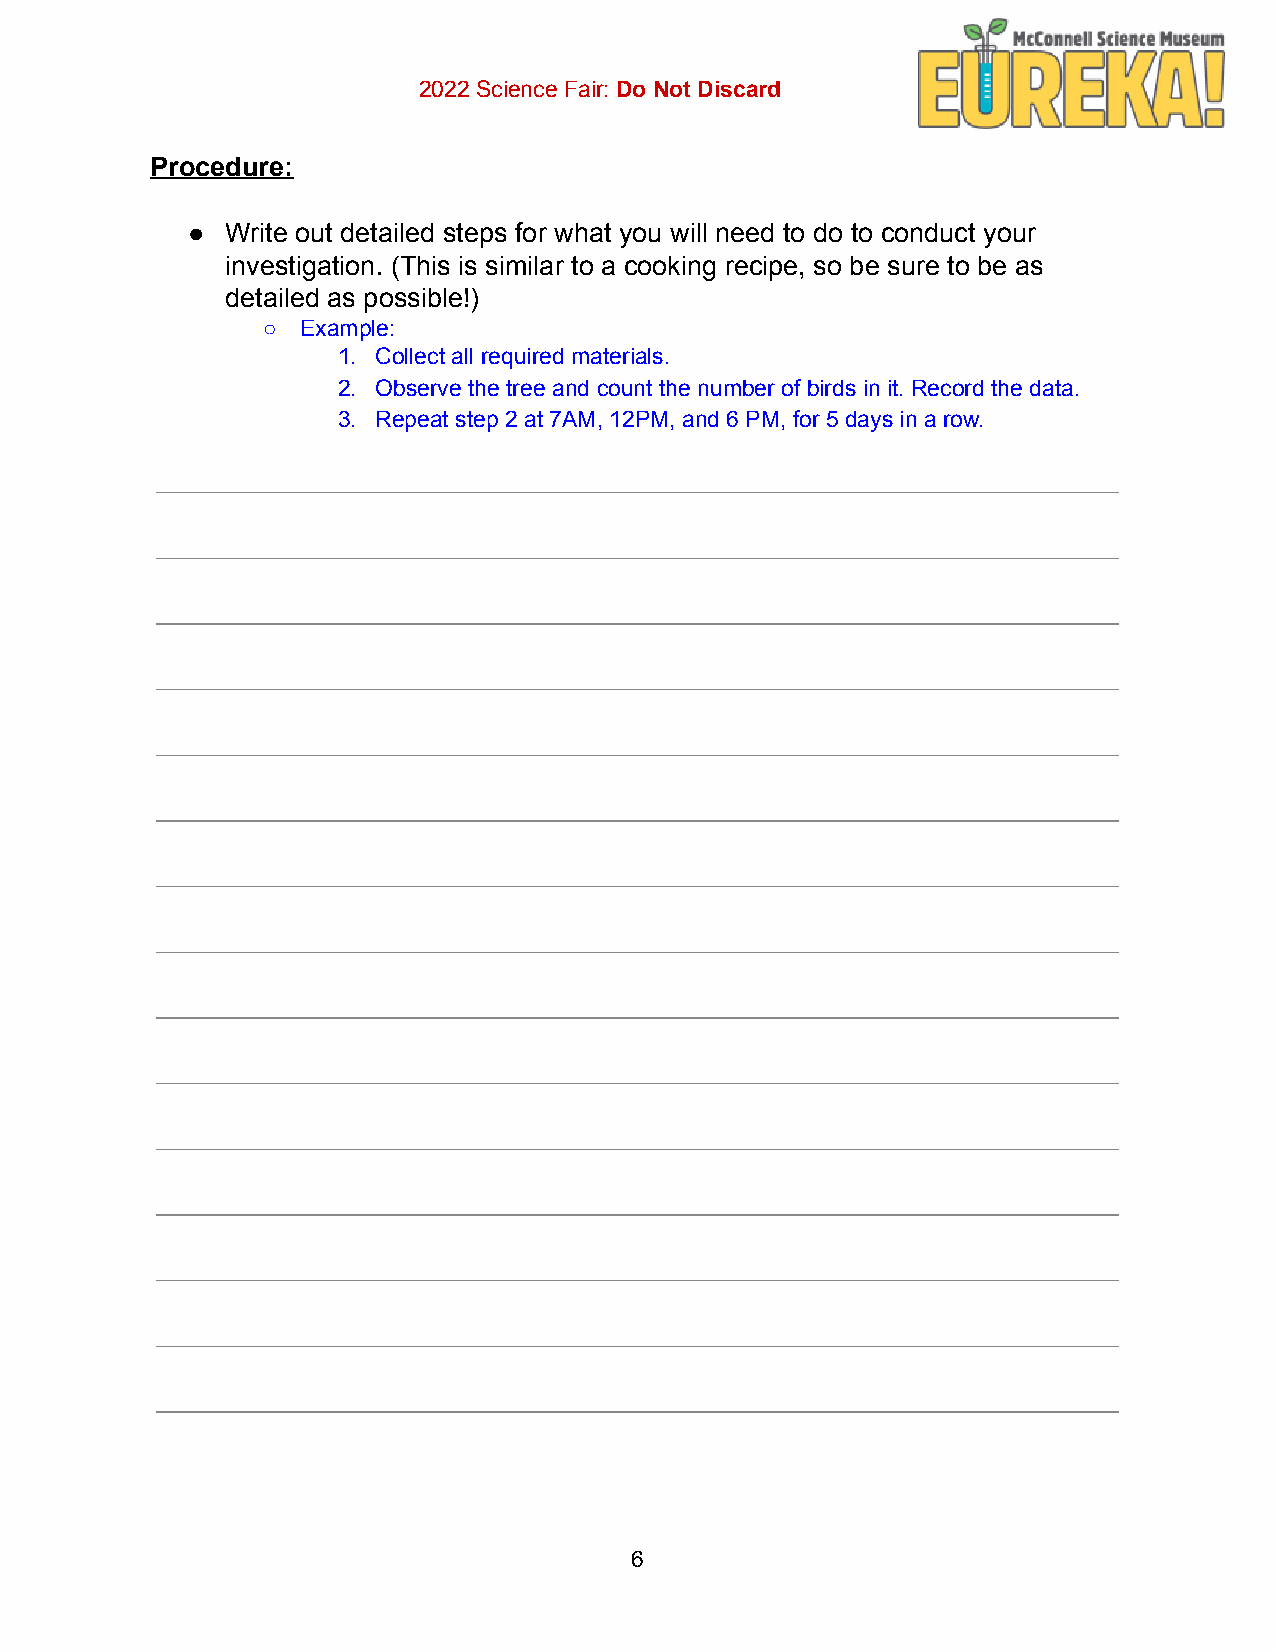
2022 Science Fair: Do Not Discard
 Procedure:
 ●  Write out detailed steps for what you will need to do to conduct your
 investigation. (This is similar to a cooking recipe, so be sure to be as
 detailed as possible!)
 ○  Example:
 1. Collect all required materials.
 2. Observe the tree and count the number of birds in it. Record the data.
 3. Repeat step 2 at 7AM, 12PM, and 6 PM, for 5 days in a row.
 6